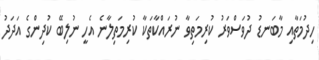
ހިދުމަތާއި މާބަނޑު ދުވަސްވަރު ކުރިމަތިވާ ނުރައްކާތަކާ ކުރިމަތިލާނެ އެހީ ނުލިބޭ ކުދިންގެ އަދަދު